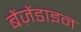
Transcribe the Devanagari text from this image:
बेंज़ेंडाइन